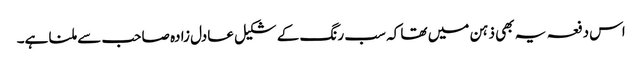
اس دفعہ یہ بھی ذہن میں تھا کہ سب رنگ کے شکیل عادل زادہ صاحب سے ملنا ہے۔